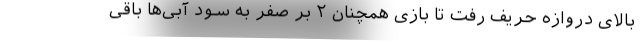
بالای دروازه حریف رفت تا بازی همچنان ۲ بر صفر به سود آبی‌ها باقی